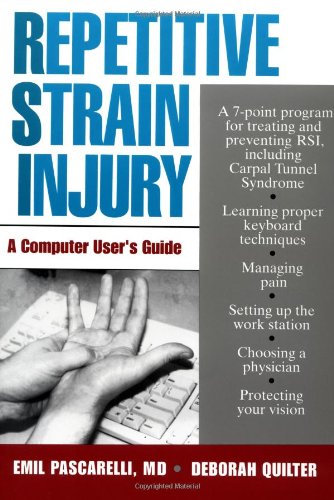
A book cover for Repetitive Strain Injury: A Computer User's Guide; Emil Pascarelli M.D.; Health, Fitness & Dieting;